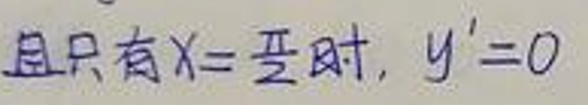
且只有$x = \frac{\pi}{2}$时$, y' = 0$